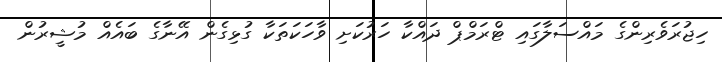
ހިޖުރަވެރިންގެ މައްސަލާގައި ޓްރަމްޕް ދައްކާ ހަރުކަށި ވާހަކަތަކާ ގުޅިގެން އޭނާގެ ބައެއް މުޝީރުން